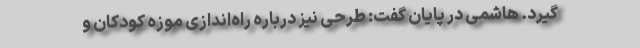
گیرد. هاشمی در پایان گفت: طرحی نیز درباره راه‌اندازی موزه کودکان و